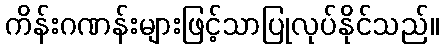
ကိန်းဂဏန်းများဖြင့်သာပြုလုပ်နိုင်သည်။